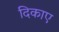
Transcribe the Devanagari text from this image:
दिकाए